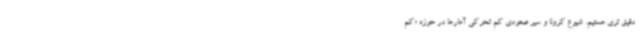
دقیق تری هستیم. شیوع کرونا و سیر صعودی کم تحرکی آمارها در حوزه «کم